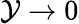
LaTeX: \mathcal{Y}\to0